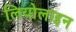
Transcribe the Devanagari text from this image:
लियोलाइन